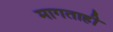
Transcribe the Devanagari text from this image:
मागताही